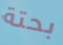
بحتة